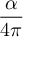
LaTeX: \frac { \alpha } { 4 \pi }